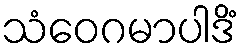
သံဝေဂမာပါဒိံ